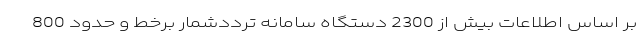
بر اساس اطلاعات بیش از 2300 دستگاه سامانه ترددشمار برخط و حدود 800